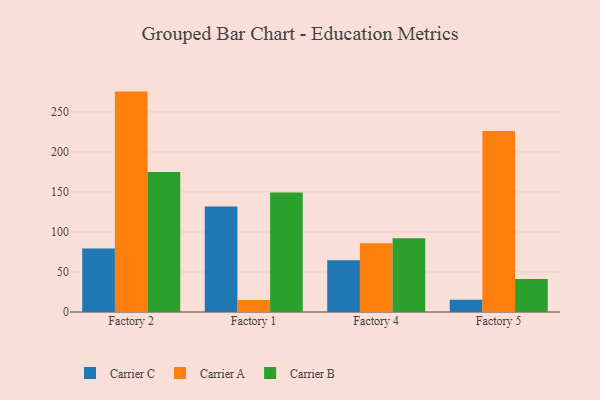
{"axis": {"x": "Factory", "y": "Waste Production (Tons)"}, "legend": ["Carrier A", "Carrier B", "Carrier C"], "data": [{"x": "Factory 2", "y": 79.2, "type": "Carrier C"}, {"x": "Factory 2", "y": 275.4, "type": "Carrier A"}, {"x": "Factory 2", "y": 174.8, "type": "Carrier B"}, {"x": "Factory 1", "y": 131.8, "type": "Carrier C"}, {"x": "Factory 1", "y": 14.9, "type": "Carrier A"}, {"x": "Factory 1", "y": 149.4, "type": "Carrier B"}, {"x": "Factory 4", "y": 64.7, "type": "Carrier C"}, {"x": "Factory 4", "y": 85.9, "type": "Carrier A"}, {"x": "Factory 4", "y": 92.3, "type": "Carrier B"}, {"x": "Factory 5", "y": 15.4, "type": "Carrier C"}, {"x": "Factory 5", "y": 226.2, "type": "Carrier A"}, {"x": "Factory 5", "y": 41.3, "type": "Carrier B"}]}